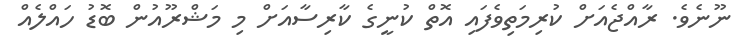
ނޫނެވެ. ރާއްޖެއަށް ކުރިމަތިވެފައި އޮތް ކުނީގެ ކާރިސާއަށް މި މަޝްރޫއުން ބޮޑު ހައްލެއް